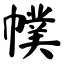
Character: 幞